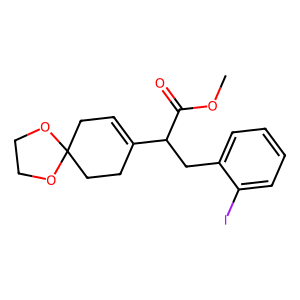
SMILES: COC(=O)C(Cc1ccccc1I)C1=CCC2(CC1)OCCO2
Inhibits HIV replication: No